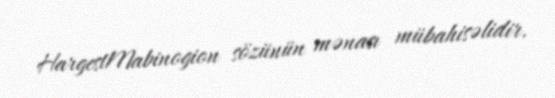
HargestMabinogion sözünün mənası mübahisəlidir.